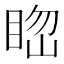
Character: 𥆲